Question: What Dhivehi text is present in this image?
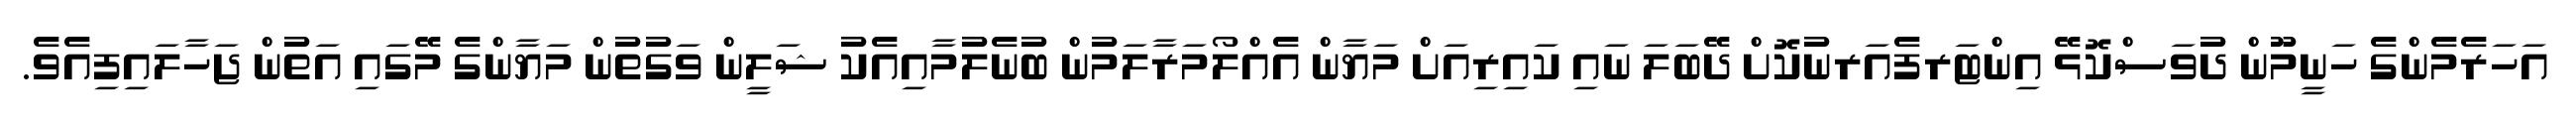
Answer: އަހަރެމެންގެ ހަނީމޫން ދުވަސްކޮޅޭ އިންޓަރފެއަރނުކޮށް ދޭބަލަ ނައި ކައިރިއަށް މަޔާން އެއްލޯމަރާލަމުން ބުނެލުމާއިއެކު ޝަލީން ވަގުތުން މަޔާންގެ މޭގައި އަތުން ޖަހާލައިފިއެވެ.